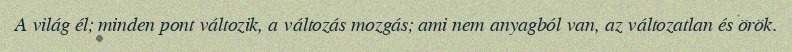
A világ él; minden pont változik, a változás mozgás; ami nem anyagból van, az változatlan és örök.